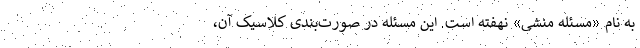
به نام «مسئله منشی» نهفته است. این مسئله در صورت‌بندی کلاسیک آن،